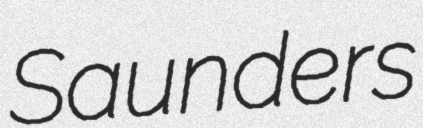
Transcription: Saunders